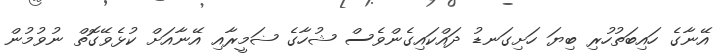
އޭނާގެ ހައިބަތުހުރި ބިޔަ ހަށިގަނޑު ދައްކައިގެންވެސް ޝުހާގެ ޟަމީރާއި އޭނާއަށް ކުޅެވޭގޮތް ނުވުމުން